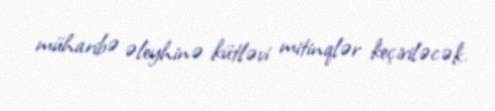
müharibə əleyhinə kütləvi mitinqlər keçiriləcək.